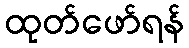
ထုတ်ဖော်ရန်